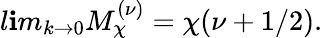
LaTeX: l\mathbf{i}m_{k\rightarrow0}M_{\chi}^{(\nu)}=\chi(\nu+1/2).